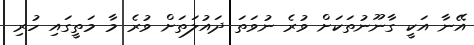
އޭނާ އަކީ ގާނޫނުތަކަށް ވުރެ ނުވަތަ ދައުލަތަށް ވުރެ މާ މަތީގައި ހުރި